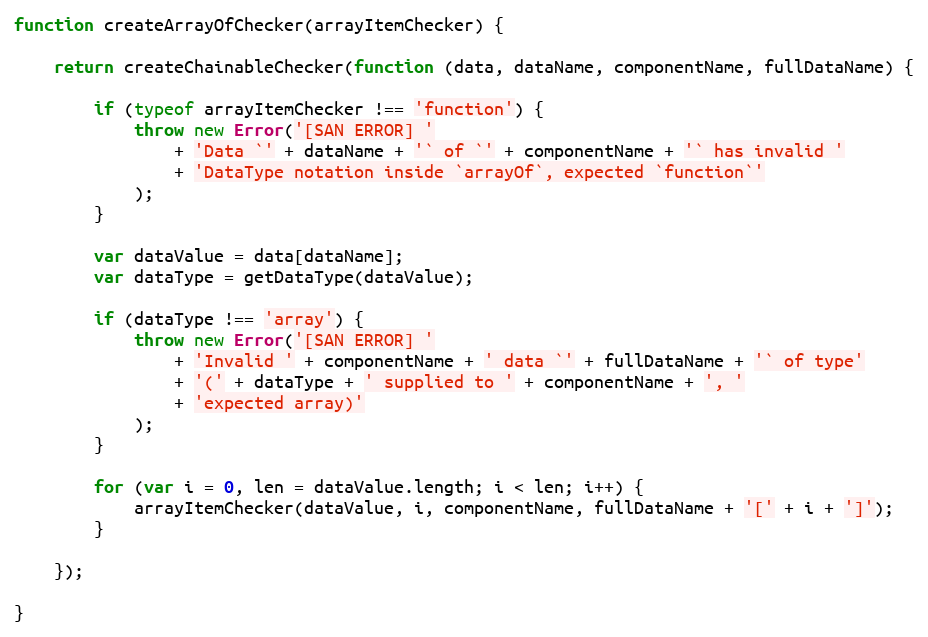
Language: JavaScript
function createArrayOfChecker(arrayItemChecker) {

    return createChainableChecker(function (data, dataName, componentName, fullDataName) {

        if (typeof arrayItemChecker !== 'function') {
            throw new Error('[SAN ERROR] '
                + 'Data `' + dataName + '` of `' + componentName + '` has invalid '
                + 'DataType notation inside `arrayOf`, expected `function`'
            );
        }

        var dataValue = data[dataName];
        var dataType = getDataType(dataValue);

        if (dataType !== 'array') {
            throw new Error('[SAN ERROR] '
                + 'Invalid ' + componentName + ' data `' + fullDataName + '` of type'
                + '(' + dataType + ' supplied to ' + componentName + ', '
                + 'expected array)'
            );
        }

        for (var i = 0, len = dataValue.length; i < len; i++) {
            arrayItemChecker(dataValue, i, componentName, fullDataName + '[' + i + ']');
        }

    });

}